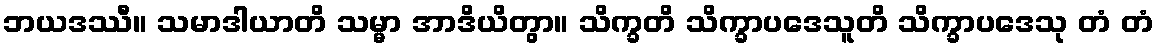
ဘယဒဿီ။ သမာဒါယာတိ သမ္မာ အာဒိယိတွာ။ သိက္ခတိ သိက္ခာပဒေသူတိ သိက္ခာပဒေသု တံ တံ